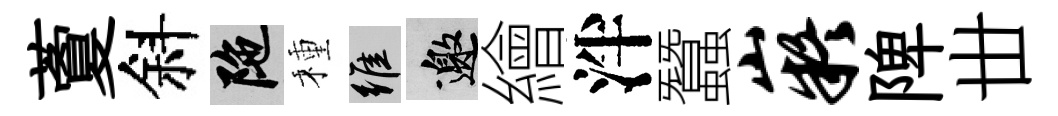
藑斜陀種維邀繪泮蠶嶷陴丗